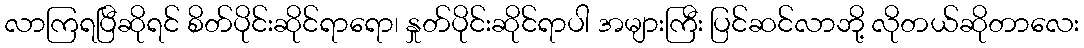
လာကြရပြီဆိုရင် စိတ်ပိုင်းဆိုင်ရာရော၊ နှုတ်ပိုင်းဆိုင်ရာပါ အများကြီး ပြင်ဆင်လာဘို့ လိုတယ်ဆိုတာလေး